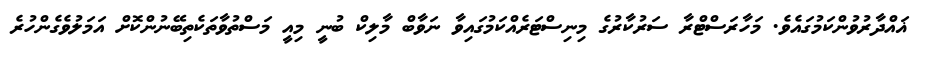
ޣައްދާރުވުންކަމުގައެވެ. މަހާރަސްޓްރާ ސަރުކާރުގެ މިނިސްޓަރެއްކަމުގައިވާ ނަވާބް މާލިކް ބުނީ މިއީ މަސްތުވާތަކެތިބޭނުންކޮށް އަމަލުވެގެންހުރެ